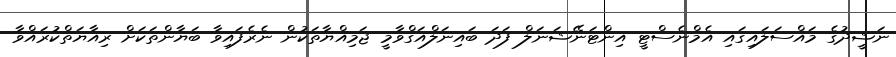
ނަޝީދުގެ މައްސަލައިގައި އެމްނެސްޓީ އިންޓަނޭޝަނަލް ފަދަ ބައިނަލްއަގްވާމީ ޖަމިއްޔާތަކުން ނެރެފައިވާ ބަޔާންތަކަށް ރިއާޔަތްކުރައްވާ